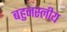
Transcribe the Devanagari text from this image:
बहुनस्लीय